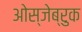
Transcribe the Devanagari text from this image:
ओस्जेब्रुक